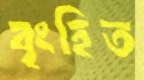
বৃংহিত